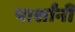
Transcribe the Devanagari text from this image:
पार्शांनी